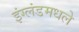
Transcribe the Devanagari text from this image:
इंग्लंडमधले